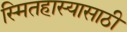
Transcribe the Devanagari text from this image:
स्मितहास्यासाठी